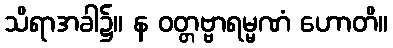
သိရာအခါ၌။ န ဝတ္တဗ္ဗာရမ္မဏံ ဟောတိ။